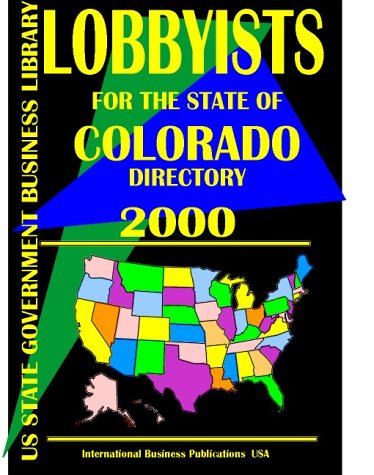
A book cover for Andorra A ""Spy"" Guide; Ibp Usa; Travel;